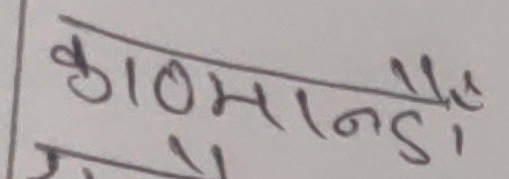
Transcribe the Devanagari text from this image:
काठमाडै।